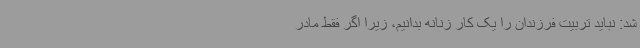
شد: نباید تربیت فرزندان را یک کار زنانه بدانیم، زیرا اگر فقط مادر